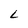
Character: L